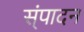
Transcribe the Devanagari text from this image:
स्ंपादन